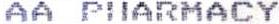
AA PHARMACY